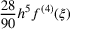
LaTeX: { \frac { 2 8 } { 9 0 } } h ^ { 5 } f ^ { ( 4 ) } ( \xi )